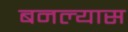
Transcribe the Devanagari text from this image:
बनल्यास